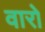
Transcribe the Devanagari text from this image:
वारो